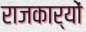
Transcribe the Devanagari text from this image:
राजकार्यों